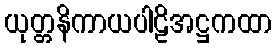
ယုတ္တနိကာယပါဠိအဋ္ဌကထာ